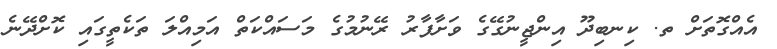
އެއްގޮތަށް ތ. ކިނބިދޫ އިންޖީނުގޭގެ ވަށާފާރު ރޭނުމުގެ މަސައްކަތް އަމިއްލަ ތަކެތީގައި ކޮށްދޭނެ